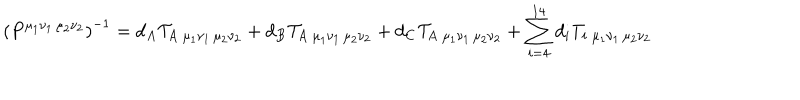
LaTeX: \left( P ^ { \mu _ { 1 } \nu _ { 1 } \, \mu _ { 2 } \nu _ { 2 } } \right) ^ { - 1 } = d _ { A } { \cal T } _ { A \; { \mu _ { 1 } \nu _ { 1 } \, \mu _ { 2 } \nu _ { 2 } } } + d _ { B } { \cal T } _ { A \; { \mu _ { 1 } \nu _ { 1 } \, \mu _ { 2 } \nu _ { 2 } } } + d _ { C } { \cal T } _ { A \; { \mu _ { 1 } \nu _ { 1 } \, \mu _ { 2 } \nu _ { 2 } } } + \sum _ { i = 4 } ^ { 1 4 } d _ { i } T _ { i \; { \mu _ { 1 } \nu _ { 1 } \, \mu _ { 2 } \nu _ { 2 } } }